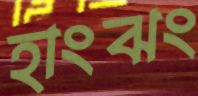
হাংঝং